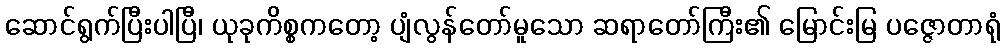
ဆောင်ရွက်ပြီးပါပြီ၊ ယုခုကိစ္စကတော့ ပျံလွန်တော်မူသော ဆရာတော်ကြီး၏ မြောင်းမြ ပဇ္ဇောတာရုံ